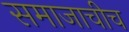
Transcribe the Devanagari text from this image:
समाजाचीच